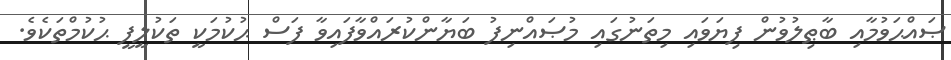
ޞައްޙަވުމާއި ބާޠިލުވުން ފިޔަވައި މިތަނުގައި މުޞައްނިފު ބަޔާންކުރައްވާފައިވާ ފަސް ޙުކުމަކީ ތަކުލީފީ ޙުކުމްތަކެވެ.